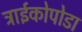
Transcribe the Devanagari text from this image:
ट्राईकोपोडा